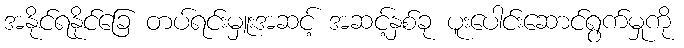
အနိုင်ရနိုင်ခြေ တပ်ရင်းမှူးအဆင့် အဆင့်နှစ်ခု ပူးပေါင်းဆောင်ရွက်မှုကို